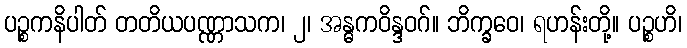
ပဉ္စကနိပါတ် တတိယပဏ္ဏာသက၊ ၂၊ အန္ဓကဝိန္ဒဝဂ်။ ဘိက္ခဝေ၊ ရဟန်းတို့။ ပဉ္စဟိ၊